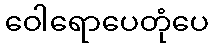
ဝေါရောပေတုံပေ